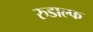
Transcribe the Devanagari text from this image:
रुडाल्फ